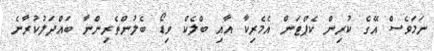
ނަމަވެސް އޭގެ ކުރިން ކެޕްޓަން އެމެރިކާ އާއި ބްލެކް ވިޑޯ ބެލުންތެރިންނާ ބައްދަލުކުރާނެ